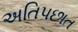
અતિપછાત